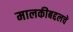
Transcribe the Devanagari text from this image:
मालकीबद्दलचे